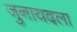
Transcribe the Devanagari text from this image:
जुनायदला